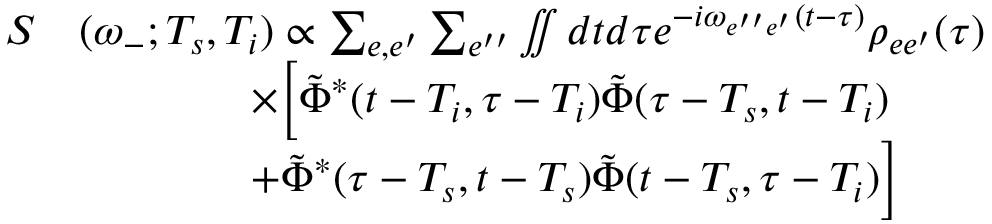
\begin{array} { r l } { S } & { ( \omega _ { - } ; T _ { s } , T _ { i } ) \propto \sum _ { e , e ^ { \prime } } \sum _ { e ^ { \prime \prime } } \iint d t d \tau e ^ { - i \omega _ { e ^ { \prime \prime } e ^ { \prime } } ( t - \tau ) } \rho _ { e e ^ { \prime } } ( \tau ) } \\ & { \qquad \qquad \times \Big [ \tilde { \Phi } ^ { * } ( t - T _ { i } , \tau - T _ { i } ) \tilde { \Phi } ( \tau - T _ { s } , t - T _ { i } ) } \\ & { \qquad \qquad + \tilde { \Phi } ^ { * } ( \tau - T _ { s } , t - T _ { s } ) \tilde { \Phi } ( t - T _ { s } , \tau - T _ { i } ) \Big ] } \end{array}